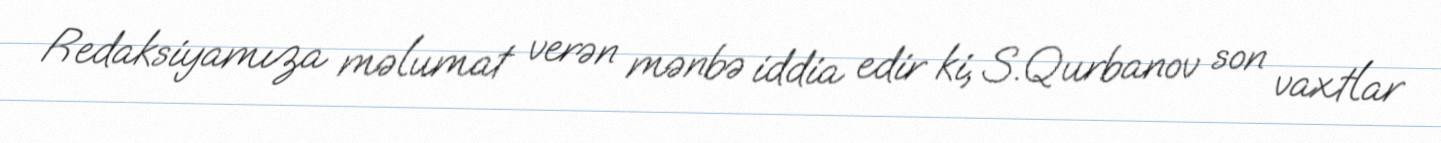
Redaksiyamıza məlumat verən mənbə iddia edir ki, S.Qurbanov son vaxtlar